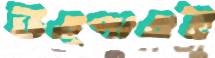
উত্পাতই